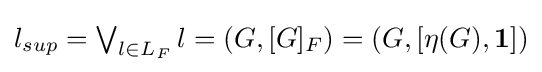
{\textstyle l_{sup}=\bigvee _{l\in L_{F}}l=(G,[G]_{F})=(G,[\eta (G),{\bf {1}}])}